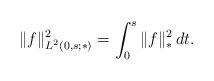
LaTeX: \begin{align*}\|f\|_{L^{2}(0,s;*)}^{2} = \int_{0}^{s} \|f\|_{*}^{2} \, dt.\end{align*}